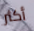
أكثر